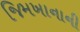
જિમખાનાની